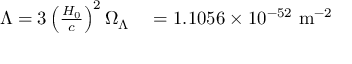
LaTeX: \begin{array} { r l } { \Lambda = 3 \left( { \frac { H _ { 0 } } { c } } \right) ^ { 2 } \Omega _ { \Lambda } } & { { } = 1 . 1 0 5 6 \times 1 0 ^ { - 5 2 } \ { \mathrm { m } } ^ { - 2 } } \end{array}